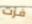
فزت